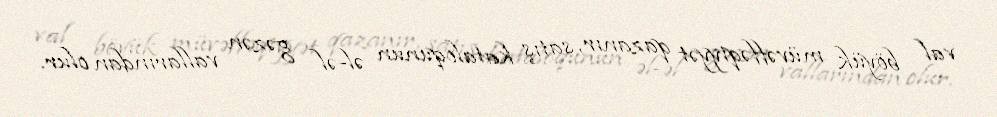
val böyük müvəffəqiyyət qazanır, satış kataloqunun əl-əl gəzən vallarından olur.